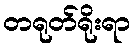
တရုတ်ရိုးရာ